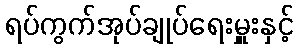
ရပ်ကွက်အုပ်ချုပ်ရေးမှူးနှင့်